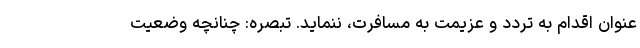
عنوان اقدام به تردد و عزیمت به مسافرت، ننماید. تبصره: چنانچه وضعیت